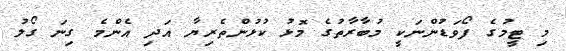
މި ޓީމުގެ ފޯވަޑުންނަކީ މުބާރާތުގެ މޮޅު ކުޅުންތެރިޔާ އަދި އެންމެ ގިނަ ގޯލު